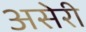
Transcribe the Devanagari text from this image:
असेरी